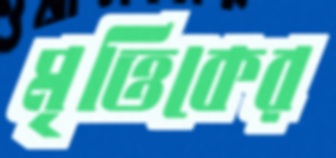
মৃত্তিকের